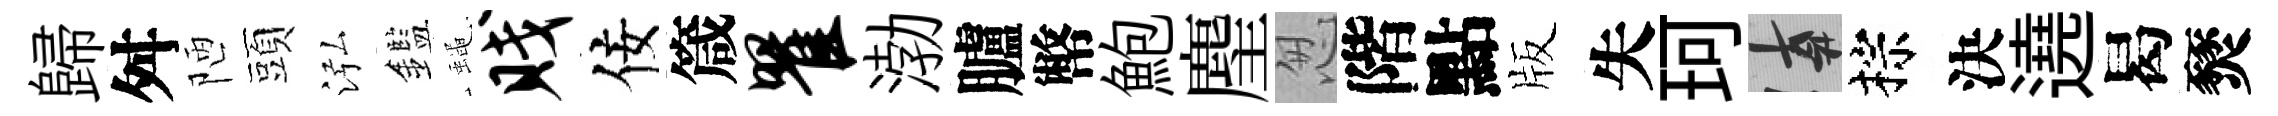
歸舛陋頭泓鑑蠅贱佞箴瞿渤臚幣鮑麈怱階點版失珂遲棕決遶曷燹